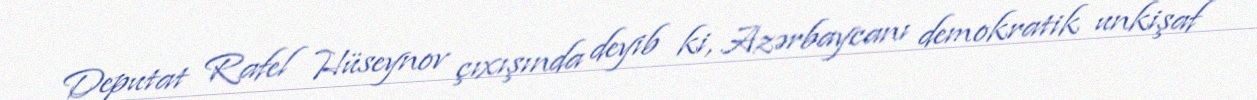
Deputat Rafel Hüseynov çıxışında deyib ki, Azərbaycanı demokratik unkişaf